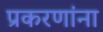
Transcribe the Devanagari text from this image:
प्रकरणांना